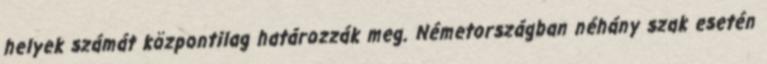
helyek számát központilag határozzák meg. Németországban néhány szak esetén